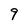
Character: 9